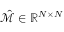
\hat { \mathcal { M } } \in \mathbb { R } ^ { N \times N }